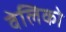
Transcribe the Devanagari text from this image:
वेलिको